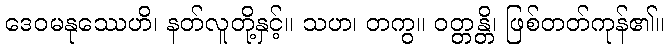
ဒေဝမနုဿေဟိ၊ နတ်လူတို့နှင့်။ သဟ၊ တကွ။ ဝတ္တန္တိ၊ ဖြစ်တတ်ကုန်၏။